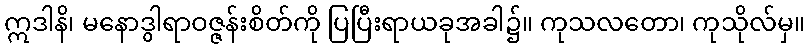
ဣဒါနိ၊ မနောဒွါရာဝဇ္ဇန်းစိတ်ကို ပြပြီးရာယခုအခါ၌။ ကုသလတော၊ ကုသိုလ်မှ။